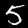
Digit: 5